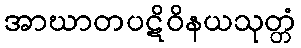
အာဃာတပဋိဝိနယသုတ္တံ